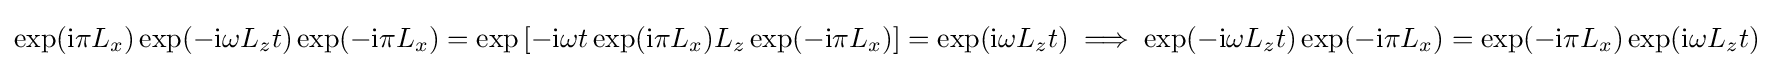
\exp(\mathrm {i} \pi L_{x})\exp(-\mathrm {i} \omega L_{z}t)\exp(-\mathrm {i} \pi L_{x})=\exp \left[-\mathrm {i} \omega t\exp(\mathrm {i} \pi L_{x})L_{z}\exp(-\mathrm {i} \pi L_{x})\right]=\exp(\mathrm {i} \omega L_{z}t)\implies \exp(-\mathrm {i} \omega L_{z}t)\exp(-\mathrm {i} \pi L_{x})=\exp(-\mathrm {i} \pi L_{x})\exp(\mathrm {i} \omega L_{z}t)